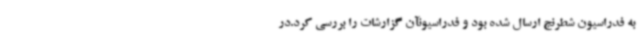
به فدراسیون شطرنج ارسال شده بود و فدراسیونآن گزارشات را بررسی کرد.در